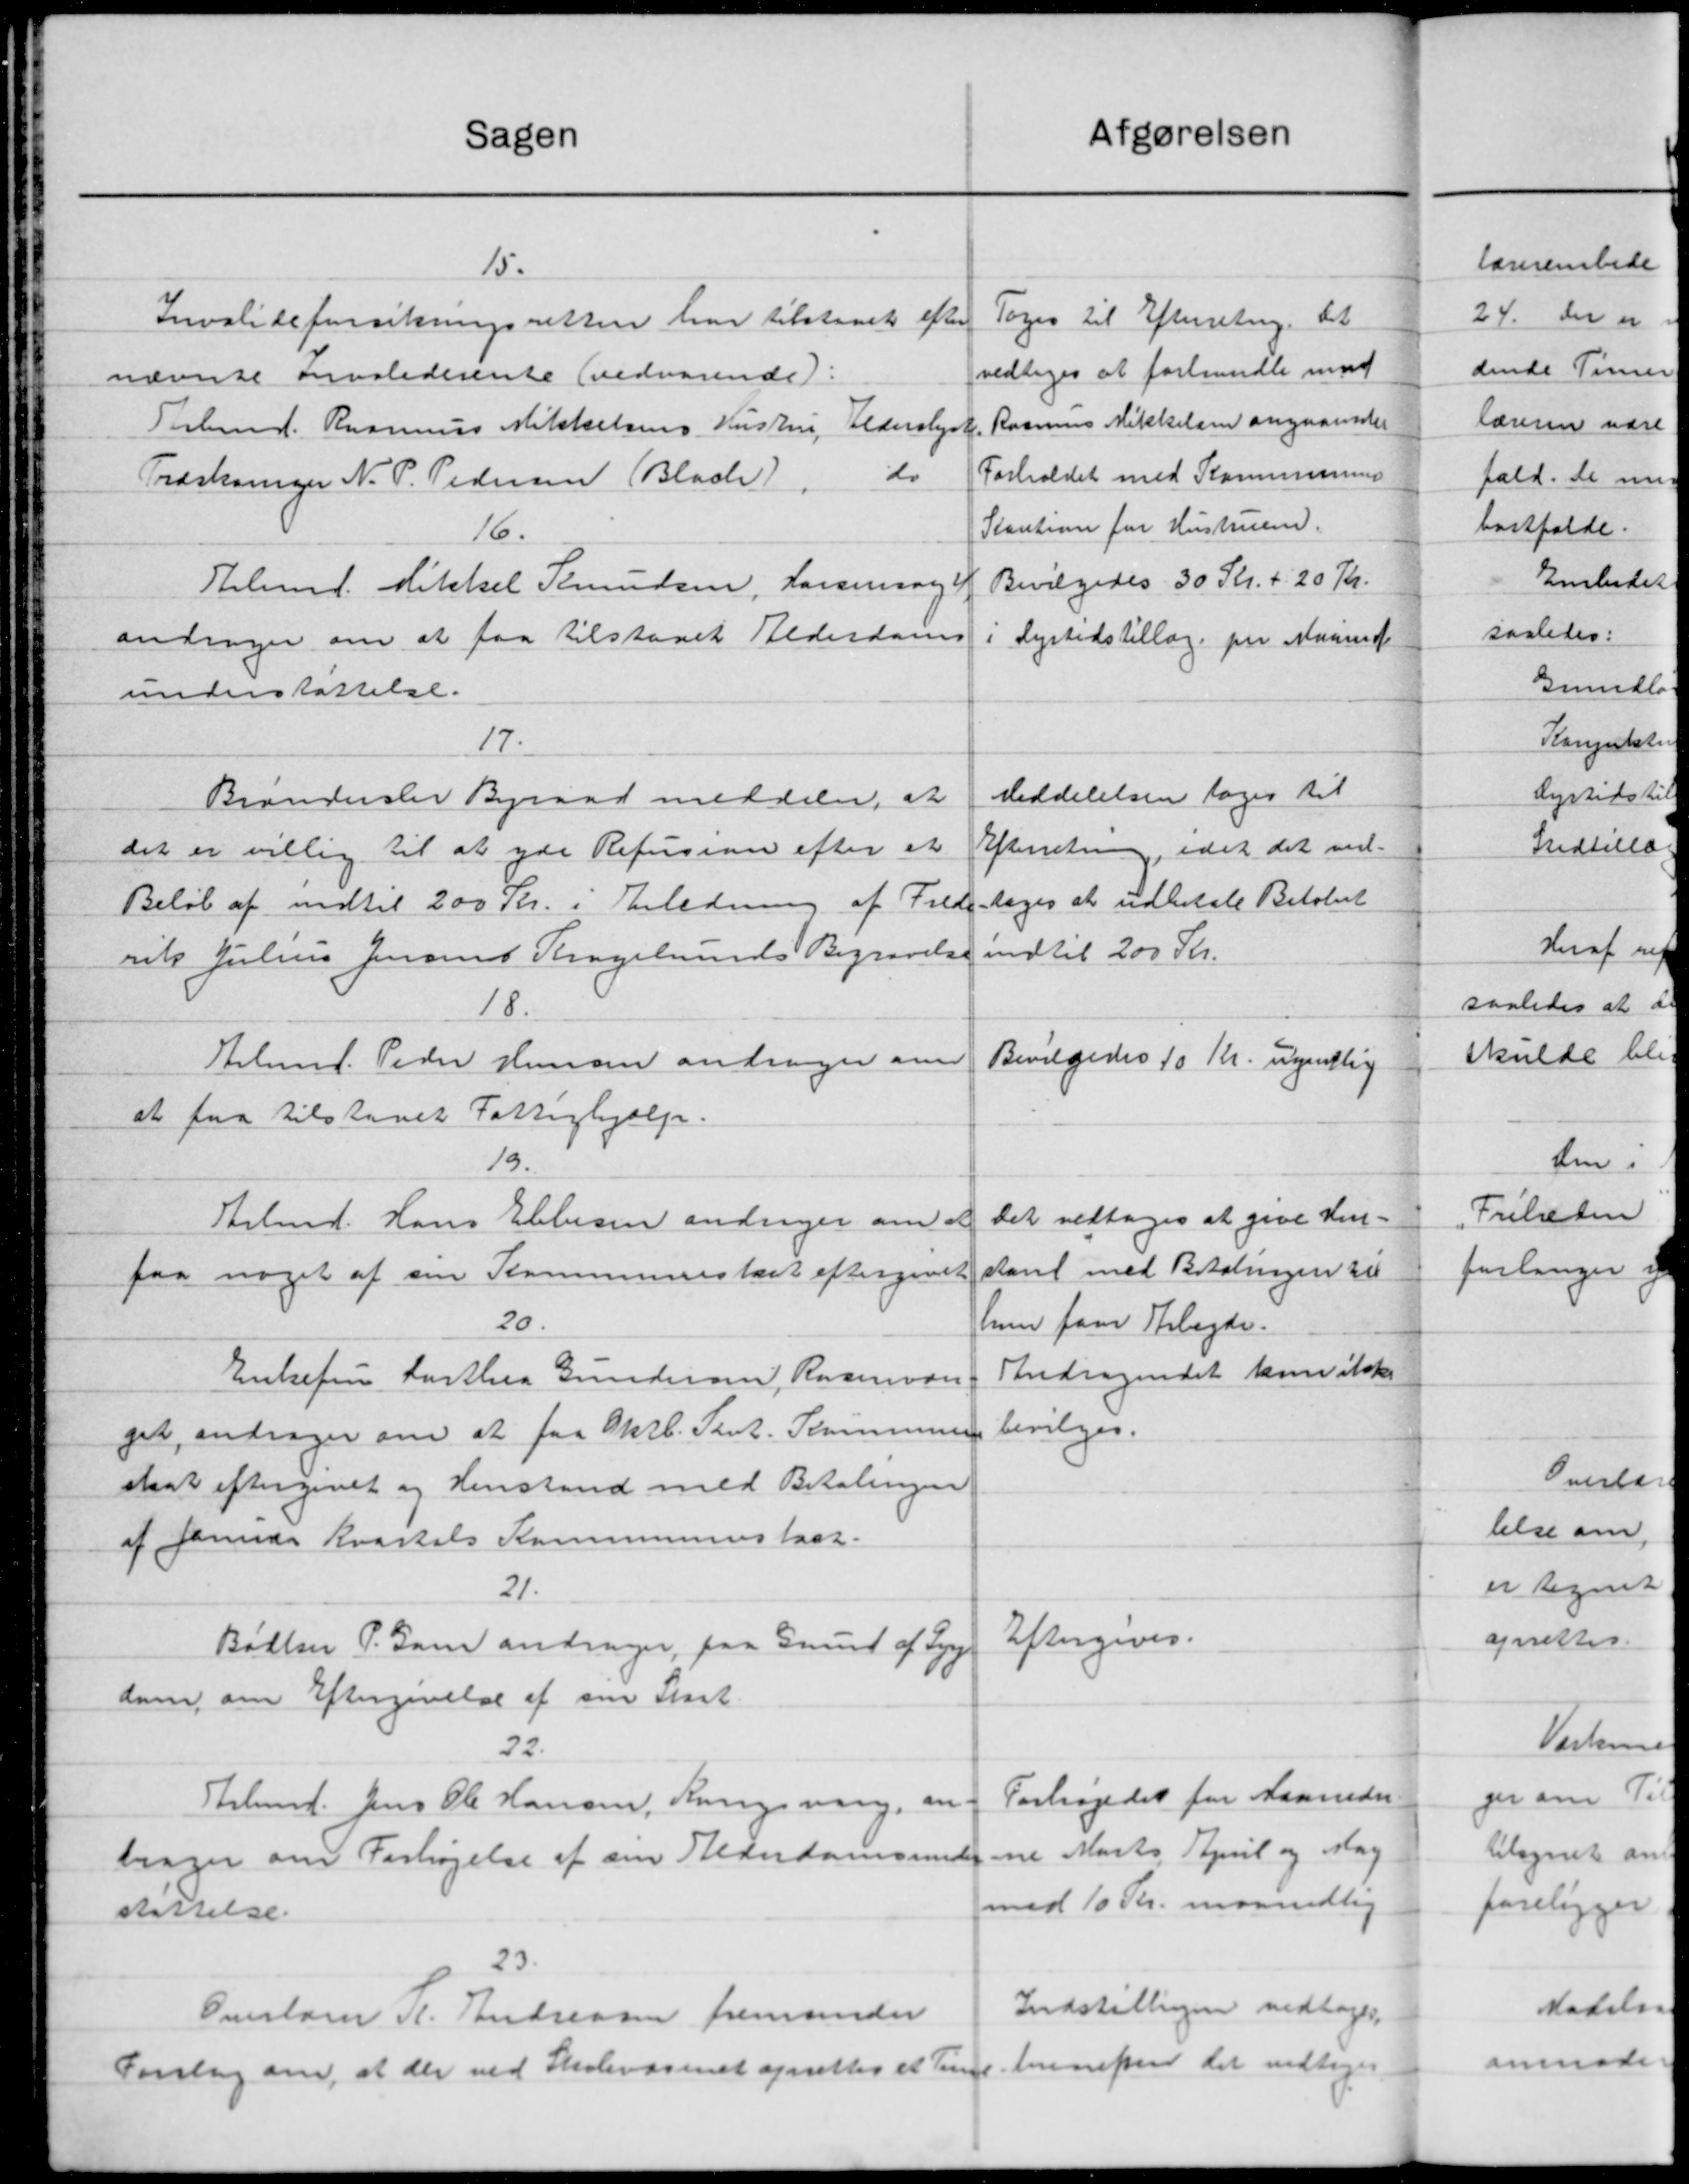
Transskription:
Afgørelsen
Sagen
15.
Toges til Efterretning det
Invalideforsikringsretten har tilstaaet efter
vedtoges at forhandle med
nævnte Invaliderente (vedvarende).
Rasmus Mikkelsen angaaendes
Torbmnd. Rasmus Mikkelsens Hustru, Alderslys
do
Forholdet med Kommunens
Træskninger N. P. Pedersen (Blache)
Kaution for Hustruen.
16.
Bevilgedes 30 Kr. + 20 Kr.
Thlemd. Mikkel Smudsen, Larsens og 4,
andrager om at faa tilstaaet Alderdoms
Dyrtidstillæg paa Maaned
understøttelse.
17.
Meddelelsen tages til
Brønderslev Byraad meddeler, at
Efterretning idet det ved-
det er villig til at yde Refusion efter et
tages at udbetale Beløbet
Beløb af indtil 200 Kr. i Anledning af Frede
rits Julius Jensens Kragelunds Begravelse indtil 200 Kr.
18.
Bevilgedes 10 Kr. ugentlig
Selemd. Peder Hansen andrager om
at faa tilstaaet Fattighjælp.
19.
Det vedtoges at give Hen-
Arbmd. Hans Ebbesen andrager om at
stand med Betalingen til
faa noget af sin Kommuneskat eftergivet
hun faa Blegde.
20.
Andragendet kun ikke
Enkefru Korthea Grundersen, Rasmusen.
bevilges.
gik, andrager om at faa Oktb. Sant. Sommunen
skat eftergivet og Henstand med Betalingen
af Januar Kvartals Kommunens fast-
21.
Eftergives.
Bødlser P. Sam andrager, paa Grund af Syg
dam, om Eftergivelse af sin Skatt
22.
Forhøjedes for Maaneder
Arbmd. Jens Ole Hansen, Langsning, an-
ne Marts April og Mag
drager om Forhøjelse af sin Alderdomsunder
med 10 Kr. maanedlig
støttelse.
23
Indstillingen vedtoges
Overlærer R. Andreasen fremsender
tunefen det vedtoges
Forslag om, at der ved Skolevæsenet oprettes et Time